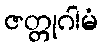
ဇတ္တုဂါမံ